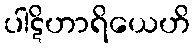
ပါဋိဟာရိယေဟိ